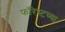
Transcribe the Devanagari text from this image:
फॉरेस्टच्या